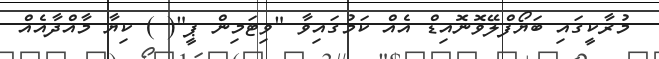
މުރާކީގައި ބަޔޯފްލޭވޮނޮއިޑް އެއް ކަމުގައިވާ "ވިޓަމިން ޕީ"( ) ކިޔާ މާއްދާއެއް